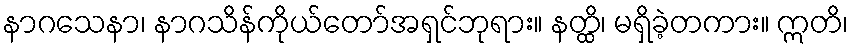
နာဂသေနာ၊ နာဂသိန်ကိုယ်တော်အရှင်ဘုရား။ နတ္ထိ၊ မရှိခဲ့တကား။ ဣတိ၊